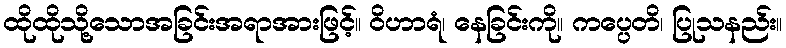
ထိုထိုသို့သောအခြင်းအရာအားဖြင့်။ ဝိဟာရံ၊ နေခြင်းကို။ ကပ္ပေတိ၊ ပြုသနည်း။